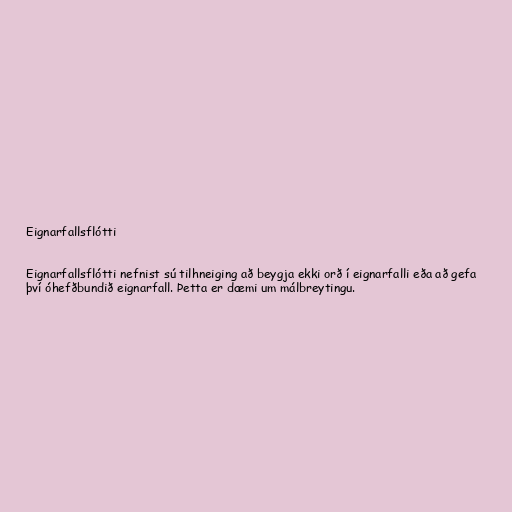
Eignarfallsflótti

Eignarfallsflótti nefnist sú tilhneiging að beygja ekki orð í eignarfalli eða að gefa
því óhefðbundið eignarfall. Þetta er dæmi um málbreytingu.